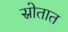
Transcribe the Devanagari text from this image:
स्रोतात